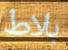
بلاط